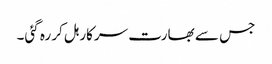
جس سے بھارت سرکار ہل کر رہ گئی۔